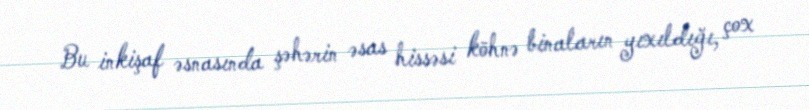
Bu inkişaf əsnasında şəhərin əsas hissəsi köhnə binaların yıxıldığı, çox